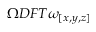
\Omega D F T { \omega _ { [ x , y , z ] } }